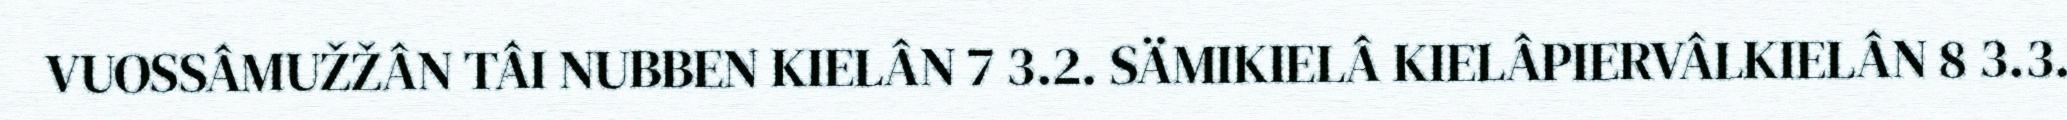
VUOSSÂMUŽŽÂN TÂI NUBBEN KIELÂN 7 3.2. SÄMIKIELÂ KIELÂPIERVÂLKIELÂN 8 3.3.